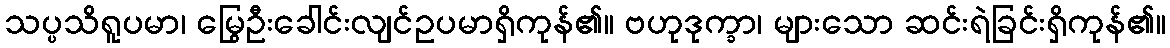
သပ္ပသိရူပမာ၊ မြွေဦးခေါင်းလျင်ဥပမာရှိကုန်၏။ ဗဟုဒုက္ခာ၊ များသော ဆင်းရဲခြင်းရှိကုန်၏။